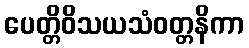
ပေတ္တိဝိသယသံဝတ္တနိကာ